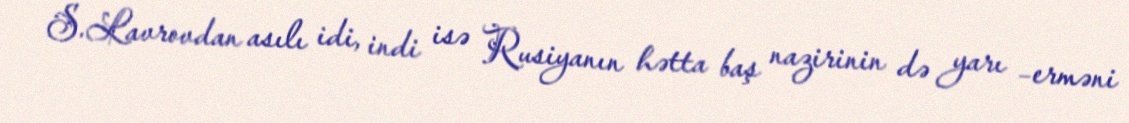
S.Lavrovdan asılı idi, indi isə Rusiyanın hətta baş nazirinin də yarı –erməni